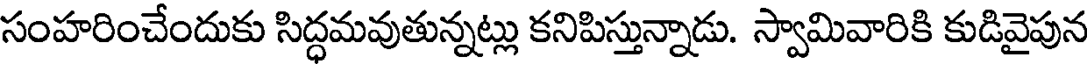
సంహరించేందుకు సిద్ధమవుతున్నట్లు కనిపిస్తున్నాడు. స్వామివారికి కుడివైపున